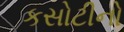
કસોટીનો